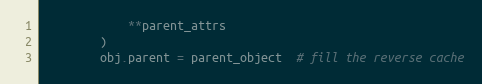
Language: Python
            **parent_attrs
        )
        obj.parent = parent_object  # fill the reverse cache